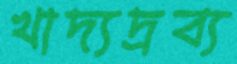
খাদ্যদ্রব্য